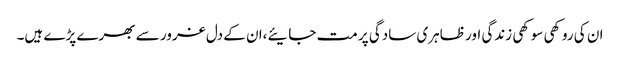
ان کی روکھی سوکھی زندگی اور ظاہری سادگی پر مت جایئے،ان کے دل غرور سے بھرے پڑے ہیں۔